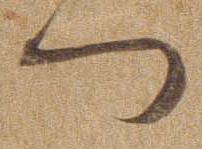
つ